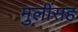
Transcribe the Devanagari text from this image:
मुलींसह